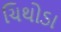
ચિથોડા